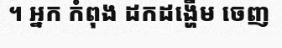
។ អ្នក កំពុង ដកដង្ហើម ចេញ